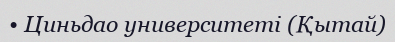
• Циньдао университеті (Қытай)